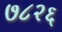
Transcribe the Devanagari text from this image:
७८२६